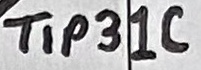
Text: TIP31C